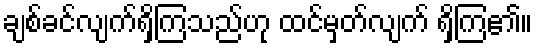
ချစ်ခင်လျက်ရှိကြသည်ဟု ထင်မှတ်လျက် ရှိကြ၏။